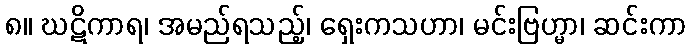
၈။ ဃဋိကာရ၊ အမည်ရသည့်၊ ရှေးကသဟာ၊ မင်းဗြဟ္မာ၊ ဆင်းကာ